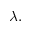
\lambda .